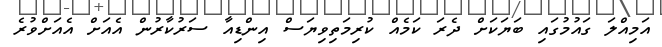
އަމިއްލަ ގައުމުގައި ބަޔަކަށް ދެރަ ކަމެއް ކުރިމަތިވިޔަސް އިންޑިއާ ސަރުކާރުން އެއަށް އެއަށްވުރެ